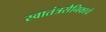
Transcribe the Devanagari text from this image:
स्वातंत्रसैनिकाचे